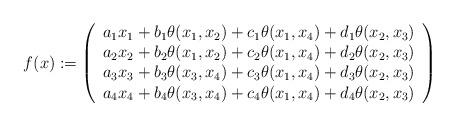
LaTeX: \begin{align*} f(x) := \left( \begin{array}{l} a_1 x_1 + b_1 \theta(x_1,x_2) + c_1 \theta(x_1,x_4) + d_1 \theta(x_2,x_3) \\a_2 x_2 + b_2 \theta(x_1,x_2) + c_2 \theta(x_1,x_4) + d_2 \theta(x_2,x_3) \\a_3 x_3 + b_3 \theta(x_3,x_4) + c_3 \theta(x_1,x_4) + d_3 \theta(x_2,x_3) \\a_4 x_4 + b_4 \theta(x_3,x_4) + c_4 \theta(x_1,x_4) + d_4 \theta(x_2,x_3) \end{array}\right)\end{align*}